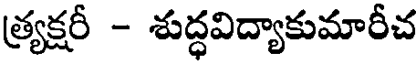
త్ర్యక్షరీ - శుద్ధవిద్యాకుమారీచ